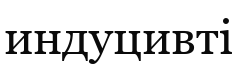
индуцивті